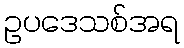
ဥပဒေသစ်အရ